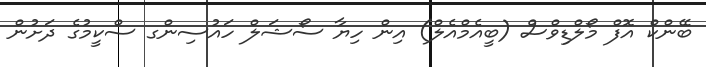
ބޭންކް އޮފް މޯލްޑިވްސް (ބީއެމްއެލް) އިން ހިޔާ ސޯޝަލް ހައުސިންގ ސްކީމުގެ ދަށުން